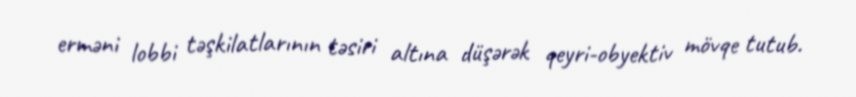
erməni lobbi təşkilatlarının təsiri altına düşərək qeyri-obyektiv mövqe tutub.